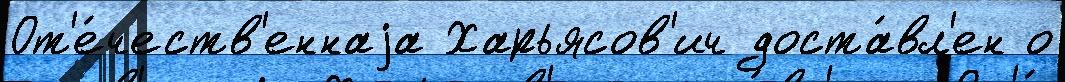
От'е́честв'еннаjа Харьясов'ич доста́вл'ен о